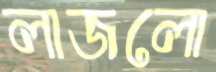
লাজলো